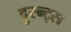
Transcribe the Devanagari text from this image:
दुरन्ट्स